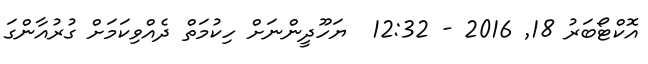
އޮކްޓޯބަރު 18